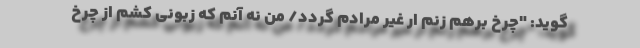
گوید: "چرخ برهم زنم ار غیر مرادم گردد/ من نه آنم که زبونی کشم از چرخ